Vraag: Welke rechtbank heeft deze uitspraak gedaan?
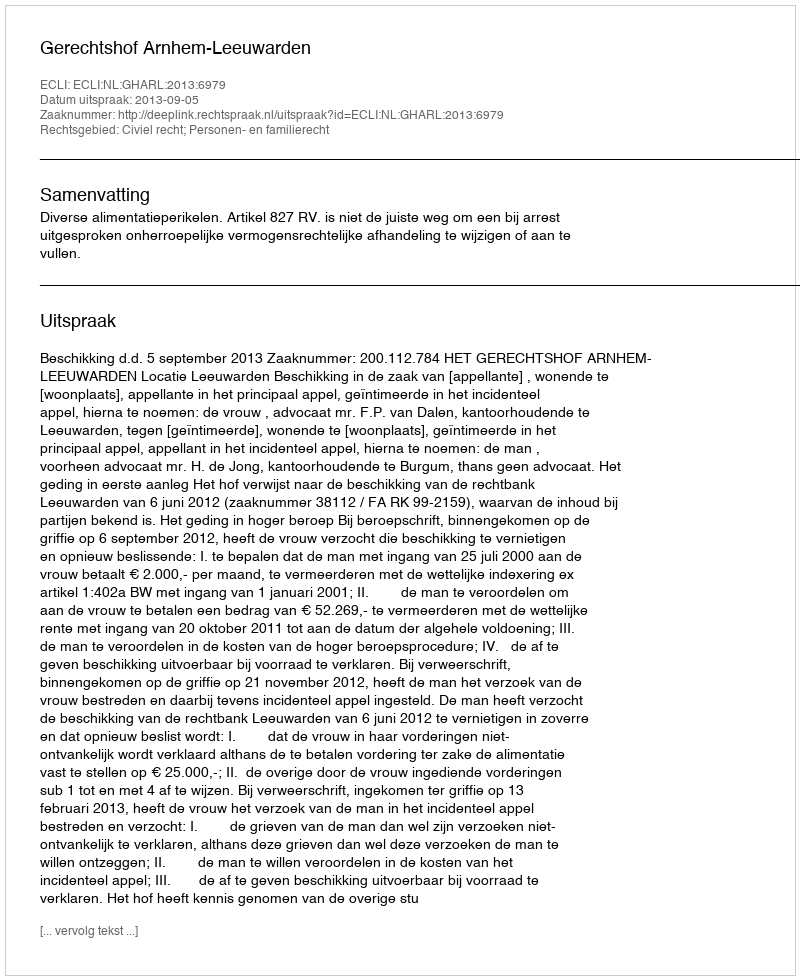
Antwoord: Gerechtshof Arnhem-Leeuwarden